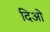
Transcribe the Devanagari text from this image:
दिओ